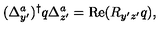
( \Delta _ { y ^ { \prime } } ^ { a } ) ^ { \dagger } q \Delta _ { z ^ { \prime } } ^ { a } = \mathrm { R e } ( R _ { y ^ { \prime } z ^ { \prime } } q ) ,